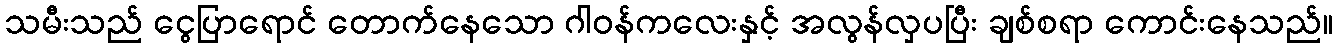
သမီးသည် ငွေပြာရောင် တောက်နေသော ဂါဝန်ကလေးနှင့် အလွန်လှပပြီး ချစ်စရာ ကောင်းနေသည်။